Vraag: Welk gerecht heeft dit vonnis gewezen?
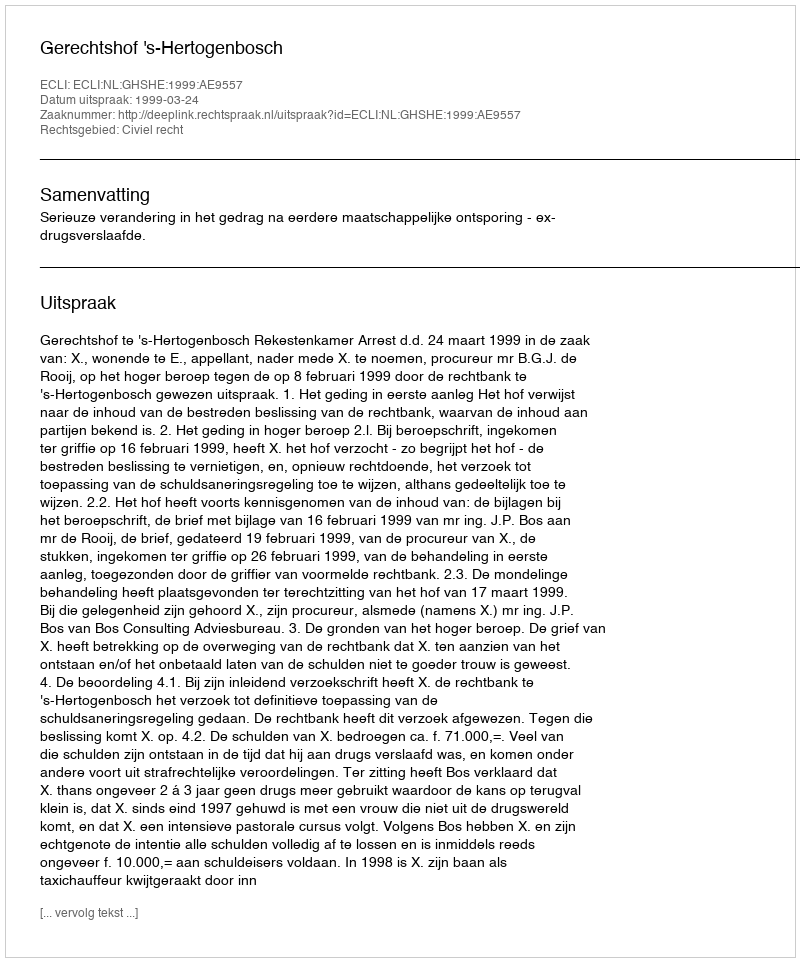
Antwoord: Gerechtshof 's-Hertogenbosch